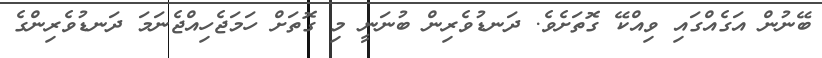
ބޭނުން އަގެއްގައި ވިއްކޭ ގޮތަށެވެ. ދަނޑުވެރިން ބުނަނީ މި ގޮތަށް ހަމަޖެހިއްޖެނަމަ ދަނޑުވެރިންގެ